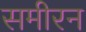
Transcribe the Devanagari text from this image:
समीरन